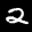
Label: 2